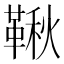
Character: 鞦